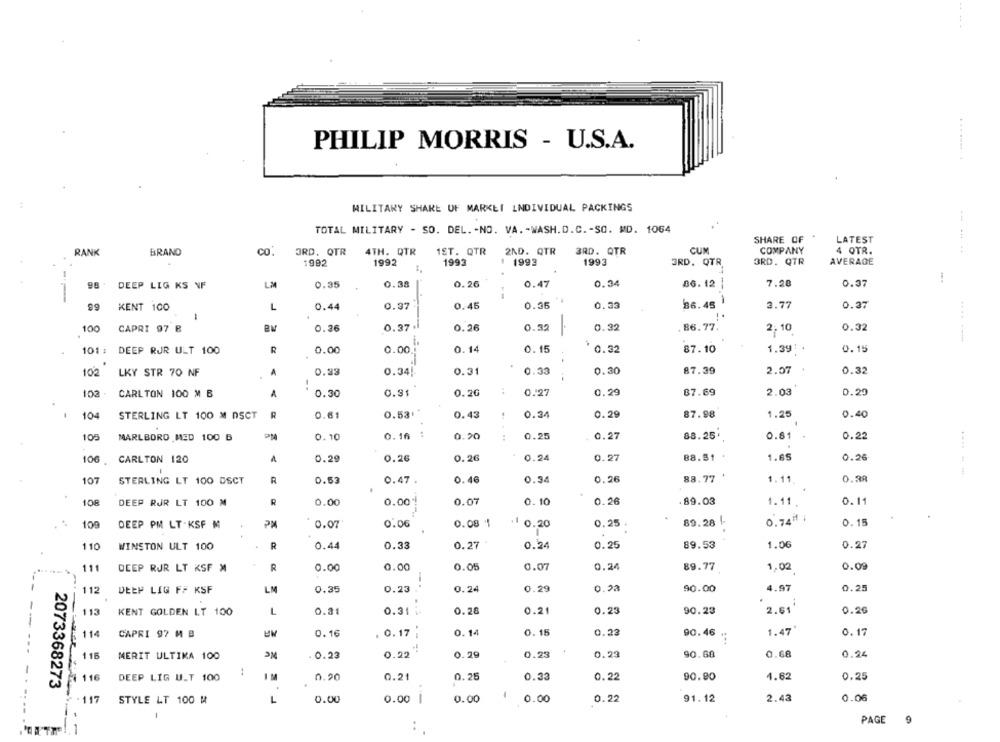
PHILIP MORRIS - U.S.A.
MILITARY SHARE OF MARKET INDIVIDUAL PACKINGS
TOTAL MILITARY - SO. DEL. - NO. VA. - WASH.D.C. - SO. MD. 1064
SHARE OF
LATEST
RANK
BRAND
CO.
3RD. QTR
4TH. QTR
IST. QTR
2ND. QTR
3RD. QTR
CUM
COMPANY
4 QTR.
:
1992
1992
1993
1993
1993
3RD. QTR
3RD. QTR
AVERAGE
LM
0.26
0.34
86.12
7.28
DEEP LIG KS NF
0.35
0.38
0.47
0.37
--
0.37
0.45
0.35
0.33
86.45
3.77
0.37
99
KENT 100
L
0.44
-
0.37
0.26
0.32
0.32
.86.77.
0.32
100
CAPRI 97 B
0.26
2.10
R
0.00
0.15
87.10
1.39
0.15
101 : DEEP RJR ULT 100
0.00
0.14
' 0.32
102
LKY STR 70 NF
A
0.23
0.34!
0.31
0.33
0.30
87.39
2.07
0.32
-.
102
CARLTON 100 M B
A
0.30
0.31
0.20
0.27
0.29
87.69
2.03
0.29
104
STERLING LT 100 M DSCT
R
0.61
0.53+"
0.43
0.34
0.29
87.98
1.25
0.40
105
MARLBORO MED 100 B
0.10
0.16 :
0.20
0.25
0.27
88.25'
0.81 .
0.22
106
CARLTON 120
A
0.29
0.26
0.26
0.24
0.27
88.51
1.65
0.26
107
STERLING LT 100 DSCT
R
0.62
0.47.
0.46
0.34
0.26
88.77
1.11.
0.28
108
DEEP RJR LT 100 M
R
0.00
0.001
0.07
0.10
0.26
89.03
1.11.
0.11
0.74# :
109
DEEP PM LT-KSF M
PM
0.07
0.06
0.08 1
1 0.20
0.25 .
89.28 |
0.15
110
WINSTON ULT 100
R
0.44
0.33
0.27
0.24
0.25
89.53
1.06
0.27
111
DEEP RJR LT KSF M
R
0.00
0.00
0.05
0.07
0.24
89.77
1.02
0.09
..
4.97
112
DEEP LIG FF KSF
LM
0.35
0.23 .
0.24
0.29
0.23
90.00
0.25
113
KENT GOLDEN LT 100
L
0.31
0.31 :
0.20
0.21
0.23
90.23
2.61
0.25
--
1.47
114
CAPRI 97 M B
0.16
. 0.17 ;
0.14
0.15
0.23
90.46
0.17
0.23
90.68
0.68
0.24
116
MERIT ULTIMA 100
. 0.23
0.22
0.29
0.23
0.22
90.80
1.62
2073368273
116
DEEP LIG U_T 100
I M
0.20
0.21
0.25
0.33
0.25
1
2.43
117
STYLE LT 100 M
L
0.00
0.00 |
0.00
0.00
0.22
91.12
0.06
PAGE
9
.1